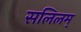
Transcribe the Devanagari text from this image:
सलिलम्